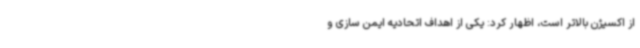
از اکسیژن بالاتر است، اظهار کرد: یکی از اهداف اتحادیه ایمن سازی و